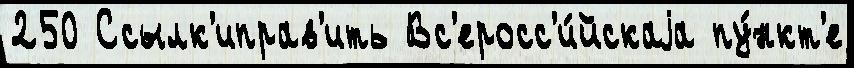
250 Ссылк'иправ'ить Вс'еросс'и́йскаjа пу́нкт'е